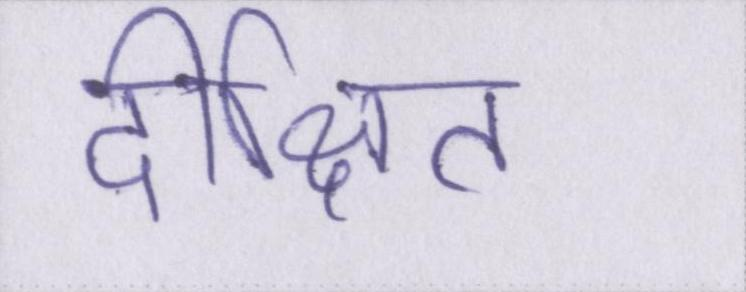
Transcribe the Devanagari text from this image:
दीक्षित